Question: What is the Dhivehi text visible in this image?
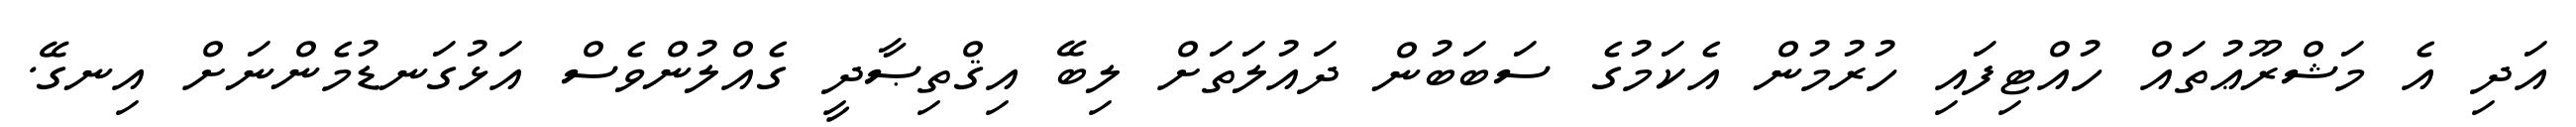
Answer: އަދި އެ މަޝްރޫޢުތައް ހުއްޓިފައި ހުރުމުން އެކަމުގެ ސަބަބުން ދައުލަތަށް ލިބޭ އިޤްތިޞާދީ ގެއްލުންވެސް އަޅުގަނޑުމެންނަށް އިނގޭ.